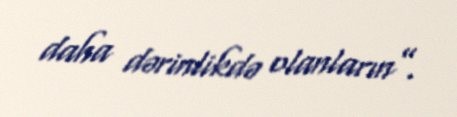
daha dərinlikdə olanların”.